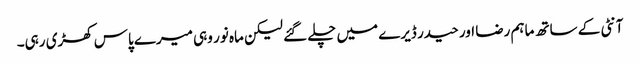
آنٹی کے ساتھ ماہم رضا اور حیدر ڈیرے میں چلے گئے لیکن ماہ نور وہی میرے پاس کھڑی رہی۔